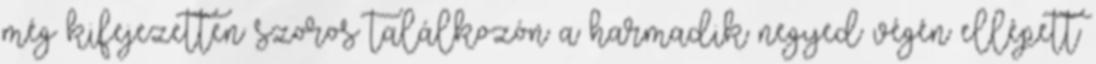
még kifejezetten szoros találkozón a harmadik negyed végén ellépett